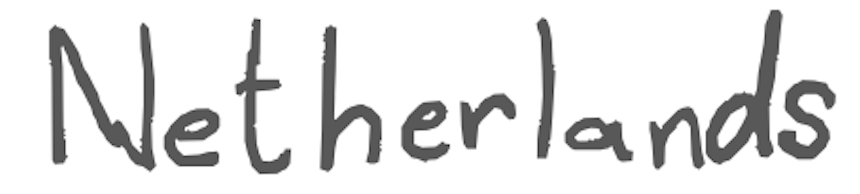
Text: Netherlands
Cross-out: clean
Writing tool: digital_gray